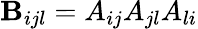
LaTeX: \mathbf{B}_{ijl}=A_{ij}A_{jl}A_{li}